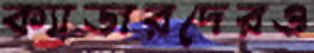
ক্যাডারদেরও